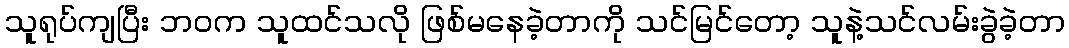
သူရုပ်ကျပြီး ဘဝက သူထင်သလို ဖြစ်မနေခဲ့တာကို သင်မြင်တော့ သူနဲ့သင်လမ်းခွဲခဲ့တာ